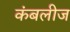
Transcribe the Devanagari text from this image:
कंबलीज